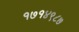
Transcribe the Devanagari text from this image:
१७१४९८७